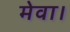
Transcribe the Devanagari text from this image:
मेवा।